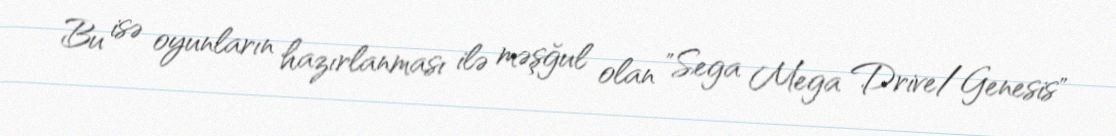
Bu isə oyunların hazırlanması ilə məşğul olan "Sega Mega Drive/Genesis"